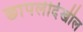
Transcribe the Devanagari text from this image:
छापलीदेखील